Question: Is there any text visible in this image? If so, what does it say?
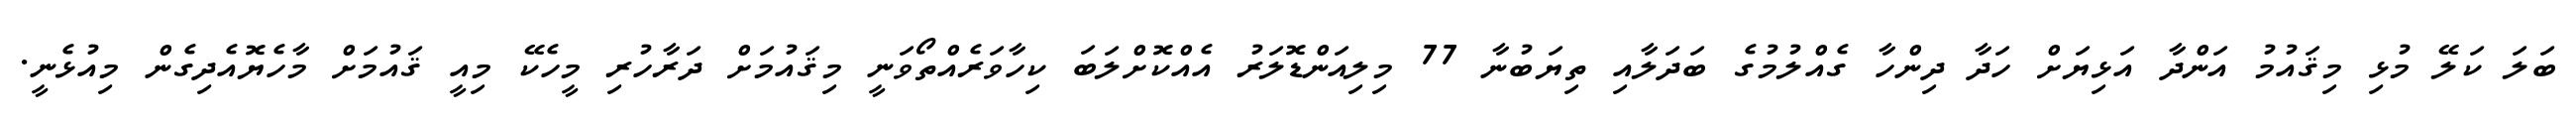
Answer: ބަލަ ކަލޭ މުޅި މިޤައުމު އަންދާ އަޅިޔަށް ހަދާ ދިންހާ ގެއްލުމުގެ ބަދަލާއި ތިޔަބުނާ 77 މިލިއަންޑޮލަރު އެއްކޮށްލަބަ ކިހާވަރެއްތޯވަނީ މިޤައުމަށް ދަރާހުރި މީހެކޭ މިއީ ޤައުމަށް މާހެޔޮއެދިގެން މިއުޅެނީ.